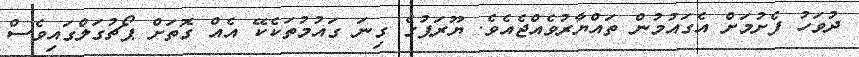
ދުވަހު ފެށުމަށް އެގައުމުން ތައްޔާރުވެއްޖެއެވެ. ޔޫރަޕުގެ ގިނަ ގައުމުތަކެކޭ އެއް ގޮތަށް ޕޯޗުގަލްގައިވެސް